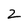
Character: 2